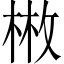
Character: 𢽳